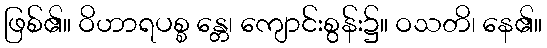
ဖြစ်၏။ ဝိဟာရပစ္စ န္တေ၊ ကျောင်းစွန်း၌။ ဝသတိ၊ နေ၏။